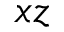
x z